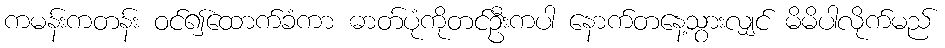
ကမန်းကတန်း ဝင်၍ထောက်ခံကာ ဓာတ်ပုံကိုတင်ဦးကပါ နောက်တနေ့သွားလျှင် မိမိပါလိုက်မည်